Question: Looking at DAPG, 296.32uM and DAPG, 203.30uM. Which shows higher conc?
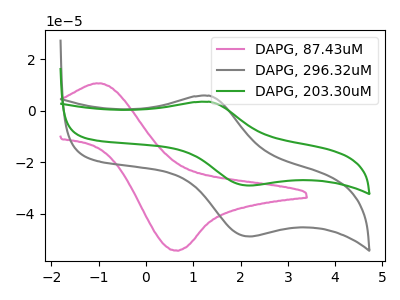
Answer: <think>The pink curve "DAPG, 87.43uM" has an anodic peak at (-0.95V, 10.65uA) and a cathodic peak at (0.65V, -54.35uA). The gray curve "DAPG, 296.32uM" has an anodic peak at (1.35V, 5.80uA) and a cathodic peak at (2.20V, -48.90uA). The green curve "DAPG, 203.30uM" has an anodic peak at (1.35V, 3.45uA) and a cathodic peak at (2.20V, -29.10uA).
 All the peaks in "DAPG, 296.32uM" have a peak in "DAPG, 203.30uM" at the same potential. Every peak in "DAPG, 296.32uM" is higher than every peak in "DAPG, 203.30uM".</think>
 <answer>"DAPG, 296.32uM" has more signal than "DAPG, 203.30uM" and so likely has a higher concentration.</answer>
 <eval>more_concentration</eval>